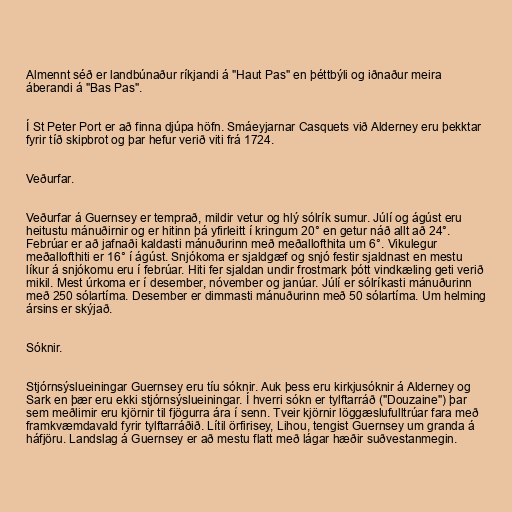
Almennt séð er landbúnaður ríkjandi á "Haut Pas" en þéttbýli og iðnaður meira
áberandi á "Bas Pas".

Í St Peter Port er að finna djúpa höfn. Smáeyjarnar Casquets við Alderney eru þekktar
fyrir tíð skipbrot og þar hefur verið viti frá 1724.

Veðurfar.

Veðurfar á Guernsey er temprað, mildir vetur og hlý sólrík sumur. Júlí og ágúst eru
heitustu mánuðirnir og er hitinn þá yfirleitt í kringum 20° en getur náð allt að 24°.
Febrúar er að jafnaði kaldasti mánuðurinn með meðallofthita um 6°. Vikulegur
meðallofthiti er 16° í ágúst. Snjókoma er sjaldgæf og snjó festir sjaldnast en mestu
líkur á snjókomu eru í febrúar. Hiti fer sjaldan undir frostmark þótt vindkæling geti verið
mikil. Mest úrkoma er í desember, nóvember og janúar. Júlí er sólríkasti mánuðurinn
með 250 sólartíma. Desember er dimmasti mánuðurinn með 50 sólartíma. Um helming
ársins er skýjað.

Sóknir.

Stjórnsýslueiningar Guernsey eru tíu sóknir. Auk þess eru kirkjusóknir á Alderney og
Sark en þær eru ekki stjórnsýslueiningar. Í hverri sókn er tylftarráð ("Douzaine") þar
sem meðlimir eru kjörnir til fjögurra ára í senn. Tveir kjörnir löggæslufulltrúar fara með
framkvæmdavald fyrir tylftarráðið. Lítil örfirisey, Lihou, tengist Guernsey um granda á
háfjöru. Landslag á Guernsey er að mestu flatt með lágar hæðir suðvestanmegin.